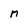
Character: n